Sketch of the medical history of the native army of Bombay, for the year
Year: 1870
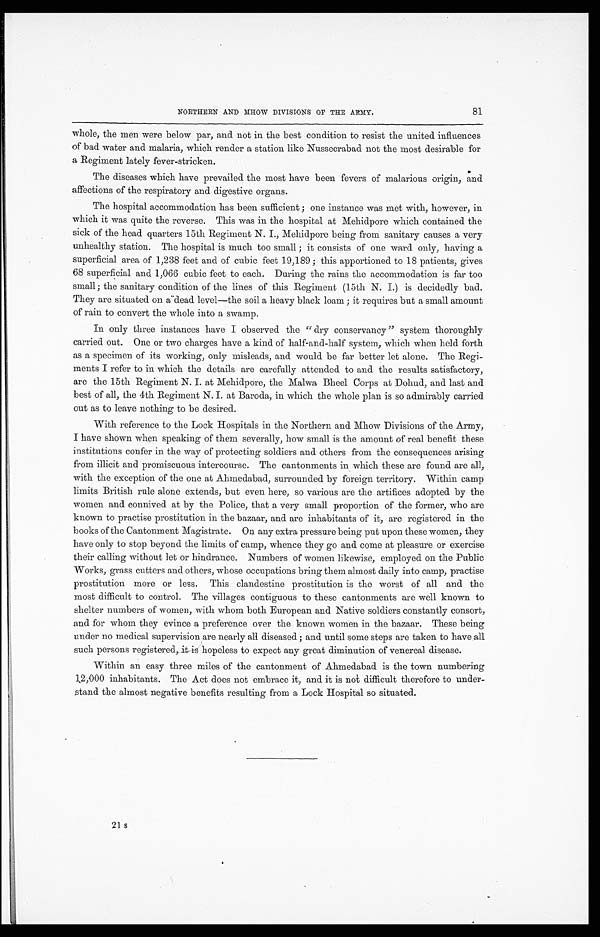
81
NORTHERN AND MHOW DIVISIONS OF THE ARMY.
whole, the men were below par, and not in the best condition to resist the united influences
of bad water and malaria, which render a station like Nusseerabad not the most desirable for
a Regiment lately fever-stricken.
The diseases which have prevailed the most have been fevers of malarious origin, and
affections of the respiratory and digestive organs.
The hospital accommodation has been sufficient; one instance was met with, however, in
which it was quite the reverse. This was in the hospital at Mehidpore which contained the
sick of the head quarters 15th Regiment N. I., Mehidpore being from sanitary causes a very
unhealthy station. The hospital is much too small; it consists of one ward only, having a
superficial area of 1,238 feet and of cubic feet 19,189; this apportioned to 18 patients, gives
68 superficial and 1,066 cubic feet to each. During the rains the accommodation is far too
small; the sanitary condition of the lines of this Regiment (15th N. I.) is decidedly bad.
They ar e si t uat ed on a "dead l evel —t he soi l a heavy bl ack l oam; i t r equi r es but a smal l amount
of rain to convert the whole into a swamp.
In only three instances have I observed the "dry conservancy" system thoroughly
carried out. One or two charges have a kind of half-and-half system, which when held forth
as a specimen of its working, only misleads, and would be far better let alone. The Regi
-
ments I refer to in which the details are carefully attended to and the results satisfactory,
are the 15th Regiment N. I. at Mehidpore, the Malwa Bheel Corps at Dohud, and last and
best of all, the 4th Regiment N. I. at Baroda, in which the whole plan is so admirably carried
out as to leave nothing to be desired.
With reference to the Lock Hospitals in the Northern and Mhow Divisions of the Army,
I have shown when speaking of them severally, how small is the amount of real benefit these
institutions confer in the way of protecting soldiers and others from the consequences arising
from illicit and promiscuous intercourse. The cantonments in which these are found are all,
with the exception of the one at Ahmedabad, surrounded by foreign territory. Within camp
limits British rule alone extends, but even here, so various are the artifices adopted by the
women and connived at by the Police, that a very small proportion of the former, who are
known to practise prostitution in the bazaar, and are inhabitants of it, are registered in the
books of the Cantonment Magistrate. On any extra pressure being put upon these women, they
have only to stop beyond the limits of camp, whence they go and come at pleasure or exercise
their calling without let or hindrance. Numbers of women likewise, employed on the Public
Works, grass cutters and others, whose occupations bring them almost daily into camp, practise
prostitution more or less. This clandestine prostitution is the worst of all and the
most difficult to control. The villages contiguous to these cantonments are well known to
shelter numbers of women, with whom both European and Native soldiers constantly consort,
and for whom they evince a preference over the known women in the bazaar. These being
under no medical supervision are nearly all diseased; and until some steps are taken to have all
such persons registered, it is hopeless to expect any great diminution of venereal disease.
Within an easy three miles of the cantonment of Ahmedabad is the town numbering
12,000 inhabitants. The Act does not embrace it, and it is not difficult therefore to under
-
stand the almost negative benefits resulting from a Lock Hospital so situated.
21 s